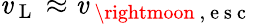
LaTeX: \mathit{v}_{\mathrm{{~L~}}}\approx\mathit{v}_{\mathrm{{~\rightmoon~,~e~s~c~}}}